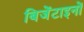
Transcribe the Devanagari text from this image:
बिजेंटाइनों